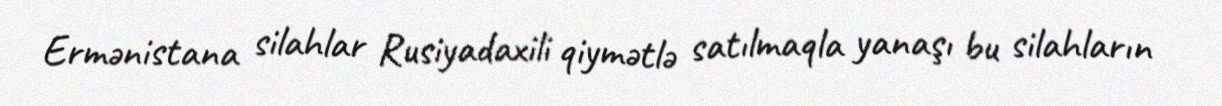
Ermənistana silahlar Rusiyadaxili qiymətlə satılmaqla yanaşı bu silahların